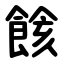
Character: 餩